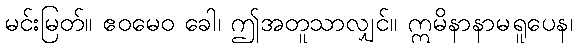
မင်းမြတ်။ ဧဝမေဝ ခေါ၊ ဤအတူသာလျှင်။ ဣမိနာနာမရူပေန၊